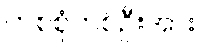
တစ်စုံတစ်ဦးအား